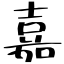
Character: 嘉